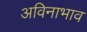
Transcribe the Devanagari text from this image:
अविनाभाव